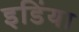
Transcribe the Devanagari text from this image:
इडिंया